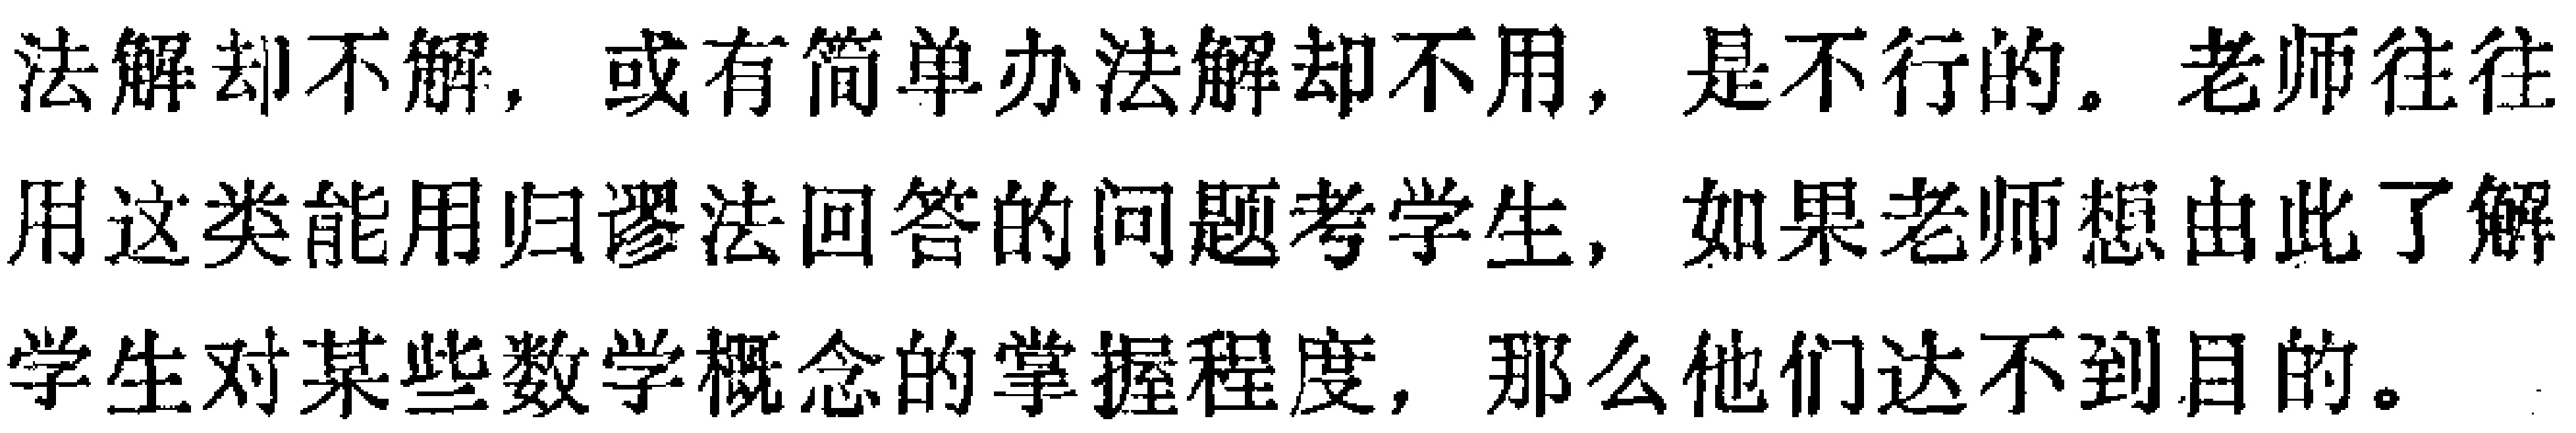
法解却不解，或有简单办法解却不用，是不行的。老师往往用这类能用归谬法回答的问题考学生，如果老师想由此了解学生对某些数学概念的掌握程度，那么他们达不到目的。